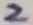
Text: 2